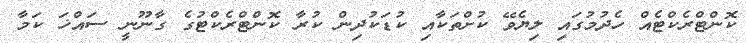
ކޮންޓްރެކްޓެއް ހެދުމުގައި ލިޔެވޭ ކުށްތަކާއި ކުޑަކުދިން ކުރާ ކޮންޓްރެކްޓުގެ ގާނޫނީ ސައްޚަ ކަމާ